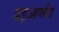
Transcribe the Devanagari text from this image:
डइआक्सैड